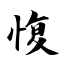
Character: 愎